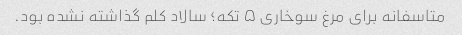
متاسفانه برای مرغ سوخاری ۵ تکه؛ سالاد کلم گذاشته نشده بود.